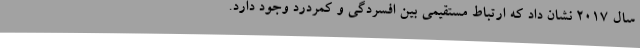
سال 2017 نشان داد که ارتباط مستقیمی بین افسردگی و کمردرد وجود دارد.